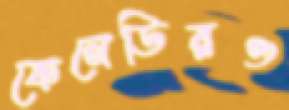
কেনেডিরও